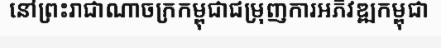
នៅព្រះរាជាណាចក្រកម្ពុជាជម្រុញការអភិវឌ្ឍកម្ពុជា